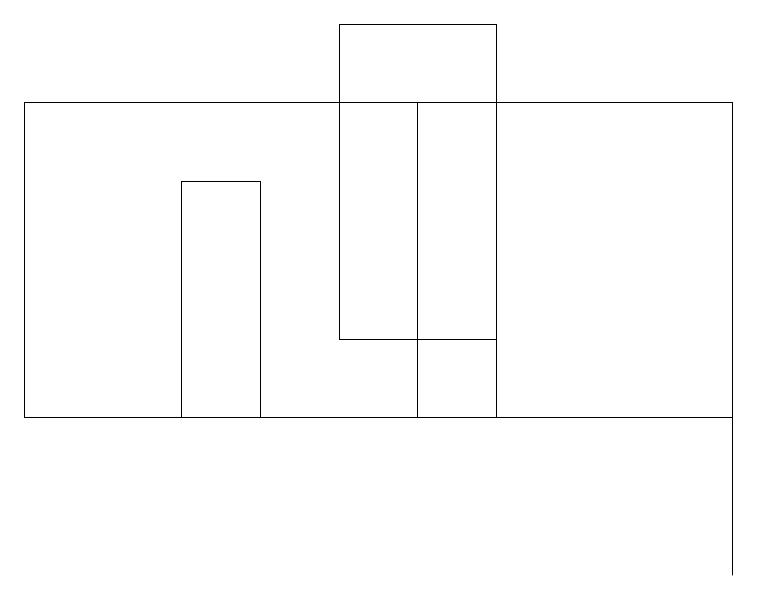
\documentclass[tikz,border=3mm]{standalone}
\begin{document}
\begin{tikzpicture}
\draw (0,16) rectangle (9,12);
\draw (4,17) rectangle (6,13);
\draw (5,12) rectangle (6,16);
\draw (3,15) rectangle (2,12);
\draw (9,10) rectangle (9,13);
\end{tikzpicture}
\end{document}